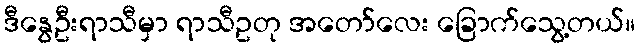
ဒီနွေဦးရာသီမှာ ရာသီဥတု အတော်လေး ခြောက်သွေ့တယ်။